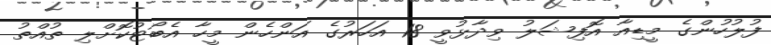
ފުލުހުންގެ މީޑިއާ އޮފިޝަލު ވިދާޅުވީ 18 އަހަރުގެ އަންހެން މީހާ އެބޯޓުކޮށްލި ތުއްތު